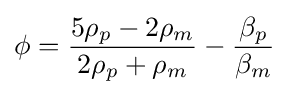
\phi ={\frac {5\rho _{p}-2\rho _{m}}{2\rho _{p}+\rho _{m}}}-{\frac {\beta _{p}}{\beta _{m}}}